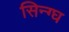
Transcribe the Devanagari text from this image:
सिन्ग्घ